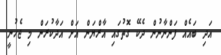
އަދި ބައެއް ފަންނާނުން ދެކޭ ގޮތުގައި އާރްޔަން އަށް އަދާކުރަން މި ޖެހުނީ